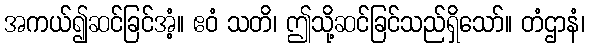
အကယ်၍ဆင်ခြင်အံ့။ ဧဝံ သတိ၊ ဤသို့ဆင်ခြင်သည်ရှိသော်။ တံဌာနံ၊